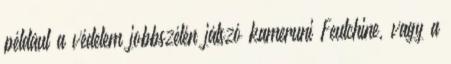
például a védelem jobbszélén játszó kameruni Feutchine, vagy a